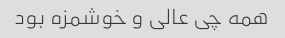
همه چی عالی و خوشمزه بود